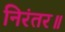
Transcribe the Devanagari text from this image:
निरंतर॥